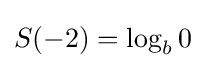
S(-2)=\log _{b}0